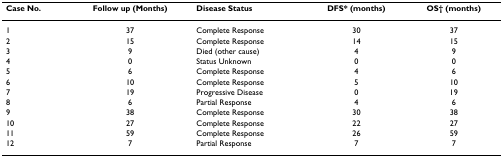
<table><thead><tr><td><b>Case No.</b></td><td><b>Follow up (Months)</b></td><td><b>Disease Status</b></td><td><b>DFS* (months)</b></td><td><b>OS† (months)</b></td></tr></thead><tbody><tr><td>1</td><td>37</td><td>Complete Response</td><td>30</td><td>37</td></tr><tr><td>2</td><td>15</td><td>Complete Response</td><td>14</td><td>15</td></tr><tr><td>3</td><td>9</td><td>Died (other cause)</td><td>4</td><td>9</td></tr><tr><td>4</td><td>0</td><td>Status Unknown</td><td>0</td><td>0</td></tr><tr><td>5</td><td>6</td><td>Complete Response</td><td>4</td><td>6</td></tr><tr><td>6</td><td>10</td><td>Complete Response</td><td>5</td><td>10</td></tr><tr><td>7</td><td>19</td><td>Progressive Disease</td><td>0</td><td>19</td></tr><tr><td>8</td><td>6</td><td>Partial Response</td><td>4</td><td>6</td></tr><tr><td>9</td><td>38</td><td>Complete Response</td><td>30</td><td>38</td></tr><tr><td>10</td><td>27</td><td>Complete Response</td><td>22</td><td>27</td></tr><tr><td>11</td><td>59</td><td>Complete Response</td><td>26</td><td>59</td></tr><tr><td>12</td><td>7</td><td>Partial Response</td><td>7</td><td>7</td></tr></tbody></table>